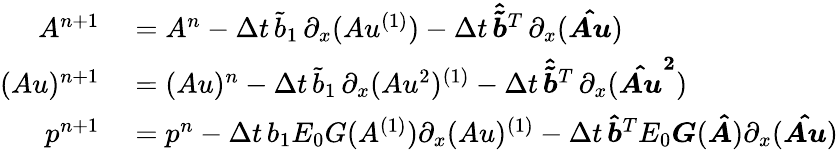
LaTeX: \begin{array}{rl}{A^{n+1}}&{{}=A^{n}-\Delta t\, \tilde{b}_{1}\, \partial_{x}(Au^{(1)})-\Delta t\, \boldsymbol{\hat{\tilde{b}}}^{T}\, \partial_{x}(\boldsymbol{\hat{Au}})}\\ {(Au)^{n+1}}&{{}=(Au)^{n}-\Delta t\, \tilde{b}_{1}\, \partial_{x}(Au^{2})^{(1)}-\Delta t\, \boldsymbol{\hat{\tilde{b}}}^{T}\, \partial_{x}(\boldsymbol{\hat{Au}^{2}})}\\ {p^{n+1}}&{{}=p^{n}-\Delta t\, b_{1}E_{0}G(A^{(1)})\partial_{x}(Au)^{(1)}-\Delta t\, \boldsymbol{\hat{b}}^{T}E_{0}\boldsymbol{G}(\boldsymbol{\hat{A}})\partial_{x}(\boldsymbol{\hat{Au}})}\end{array}